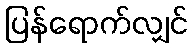
ပြန်ရောက်လျှင်